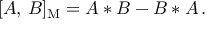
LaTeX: [ A , \, B ] _ { \mathrm { M } } = A * B - B * A \, .